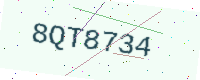
Text: 8QT8734